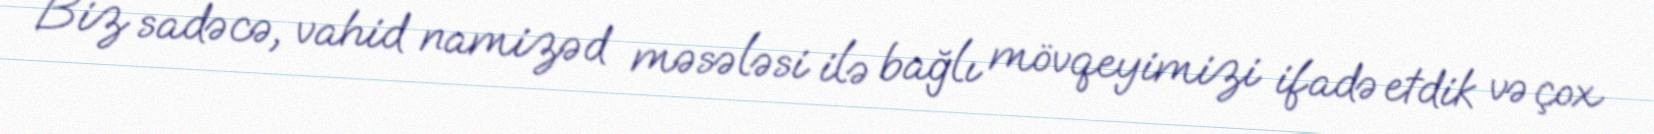
Biz sadəcə, vahid namizəd məsələsi ilə bağlı mövqeyimizi ifadə etdik və çox